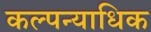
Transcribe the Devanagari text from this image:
कल्पन्याधिक